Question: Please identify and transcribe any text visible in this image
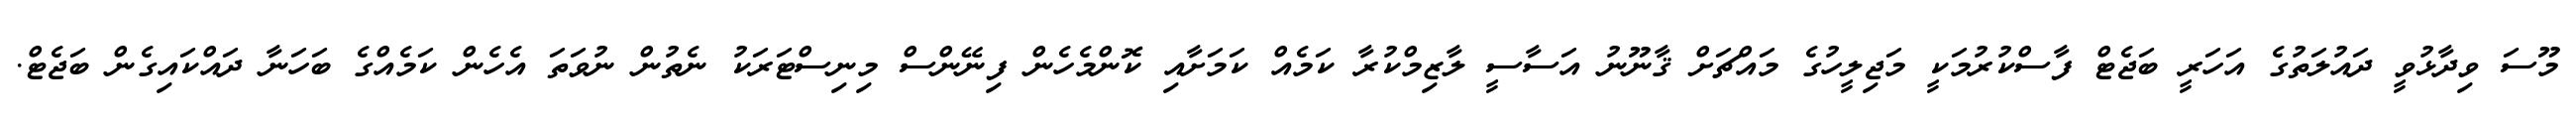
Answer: މޫސަ ވިދާޅުވީ ދައުލަތުގެ އަހަރީ ބަޖެޓް ފާސްކުރުމަކީ މަޖިލީހުގެ މައްޗަށް ޤާނޫނު އަސާސީ ލާޒިމްކުރާ ކަމެއް ކަމަށާއި ކޮންމެހެން ފިނޭންސް މިނިސްޓަރަކު ނެތުން ނުވަތަ އެހެން ކަމެއްގެ ބަހަނާ ދައްކައިގެން ބަޖެޓް.